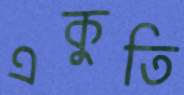
একুতি